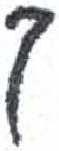
אות: ך